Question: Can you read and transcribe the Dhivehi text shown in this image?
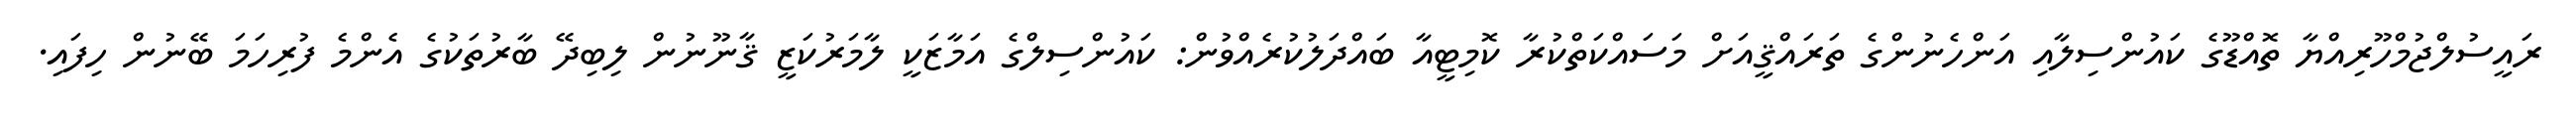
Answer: ރައީސުލްޖުމްހޫރިއްޔާ ތޮއްޑޫގެ ކައުންސިލާއި އަންހެނުންގެ ތަރައްޤީއަށް މަސައްކަތްކުރާ ކޮމިޓީއާ ބައްދަލުކުރެއްވުން: ކައުންސިލްގެ އަމާޒަކީ ލާމަރުކަޒީ ޤާނޫނުން ލިބިދޭ ބާރުތަކުގެ އެންމެ ފުރިހަމަ ބޭނުން ހިފައި.